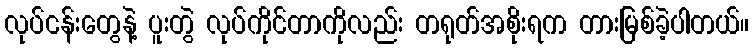
လုပ်ငန်းတွေနဲ့ ပူးတွဲ လုပ်ကိုင်တာကိုလည်း တရုတ်အစိုးရက တားမြစ်ခဲ့ပါတယ်။